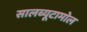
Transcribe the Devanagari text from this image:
सालब्यूटामोल